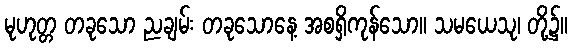
မုဟုတ္တ တခုသော ညချမ်း တခုသောနေ့ အစရှိကုန်သော။ သမယေသု၊ တို့၌။